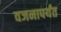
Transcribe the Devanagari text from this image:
वजनापर्यंत